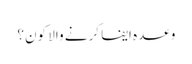
وعدہ ایفا کرنے والا کون؟